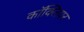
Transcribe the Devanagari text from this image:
काॅक्लियर